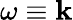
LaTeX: \omega\equiv\mathbf{k}